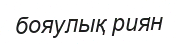
бояулық риян